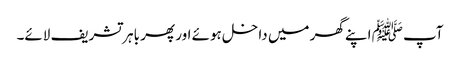
آپ ﷺ اپنے گھر میں داخل ہوئے اور پھر باہر تشریف لائے۔